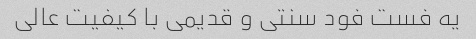
یه فست فود سنتی و قدیمی با کیفیت عالی